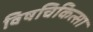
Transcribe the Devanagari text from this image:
विषचिकित्सा